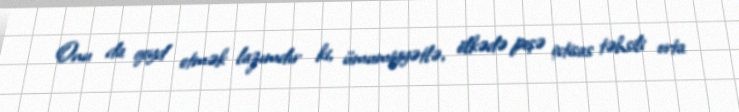
Onu da qeyd etmək lazımdır ki, ümumiyyətlə, ölkədə peşə ixtisas təhsili orta